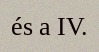
és a IV.